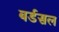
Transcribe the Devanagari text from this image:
बर्डसल